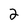
Character: 2